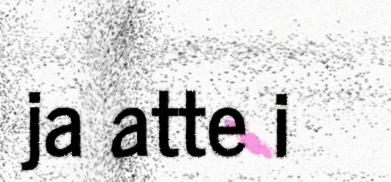
ja atte i